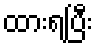
ထားရပြီး